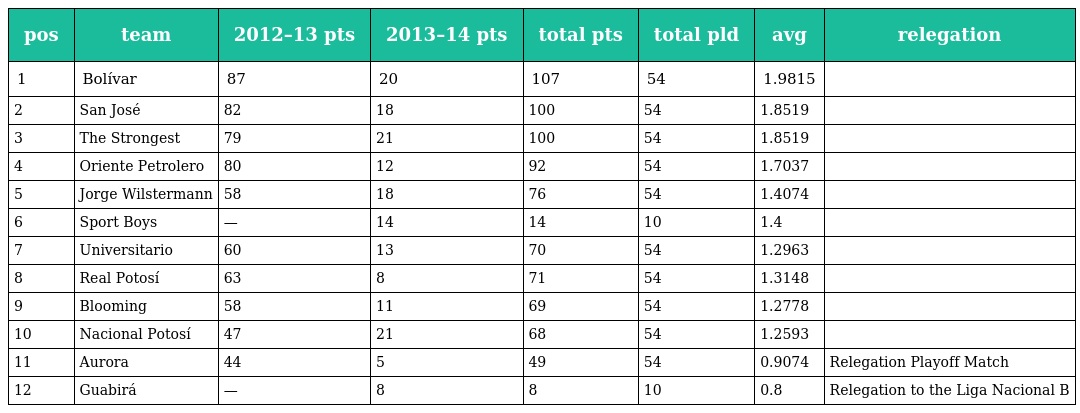
| pos | team | 2012–13 pts | 2013–14 pts | total pts | total pld | avg | relegation |
 | --- | --- | --- | --- | --- | --- | --- | --- |
 | 1 | Bolívar | 87 | 20 | 107 | 54 | 1.9815 |  |
 | 2 | San José | 82 | 18 | 100 | 54 | 1.8519 |  |
 | 3 | The Strongest | 79 | 21 | 100 | 54 | 1.8519 |  |
 | 4 | Oriente Petrolero | 80 | 12 | 92 | 54 | 1.7037 |  |
 | 5 | Jorge Wilstermann | 58 | 18 | 76 | 54 | 1.4074 |  |
 | 6 | Sport Boys | — | 14 | 14 | 10 | 1.4 |  |
 | 7 | Universitario | 60 | 13 | 70 | 54 | 1.2963 |  |
 | 8 | Real Potosí | 63 | 8 | 71 | 54 | 1.3148 |  |
 | 9 | Blooming | 58 | 11 | 69 | 54 | 1.2778 |  |
 | 10 | Nacional Potosí | 47 | 21 | 68 | 54 | 1.2593 |  |
 | 11 | Aurora | 44 | 5 | 49 | 54 | 0.9074 | Relegation Playoff Match |
 | 12 | Guabirá | — | 8 | 8 | 10 | 0.8 | Relegation to the Liga Nacional B |